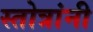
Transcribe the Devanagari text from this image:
स्तोत्रांनी